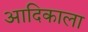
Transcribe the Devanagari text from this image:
आदिकाला